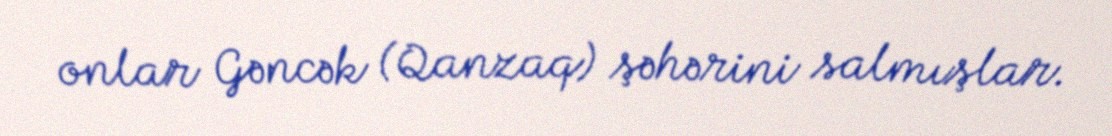
onlar Gəncək (Qanzaq) şəhərini salmışlar.